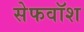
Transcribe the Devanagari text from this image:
सेफवॉश